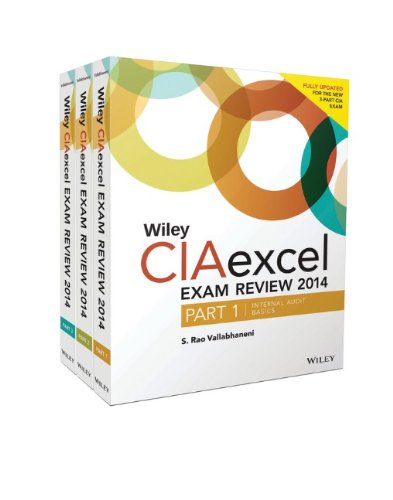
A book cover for Wiley CIAexcel Exam Review 2014 Complete Set (Wiley CIA Exam Review Series); S. Rao Vallabhaneni; Business & Money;